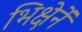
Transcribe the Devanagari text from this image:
भिक्षेनें